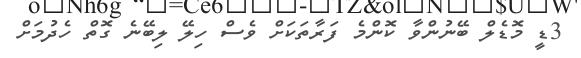
3ޑީ މޮޑެލް ބޭނުންވާ ކޮންމެ ފަރާތަކަށް ވެސް ހިލޭ ލިބޭނެ ގޮތް ހެދުމަށް